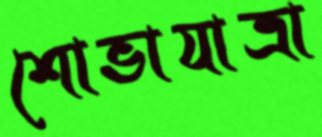
শোভাযাত্রা